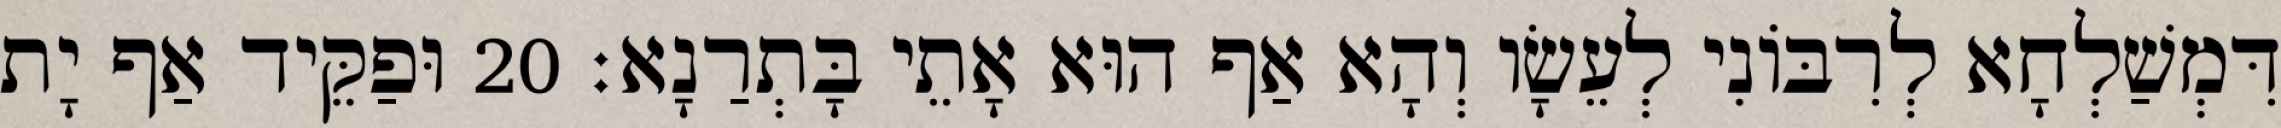
דִּמְשַׁלְחָא לְרִבּוֹנִי לְעֵשָׂו וְהָא אַף הוּא אָתֵי בָּתְרַנָא׃ 20 וּפַקֵּיד אַף יָת